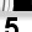
Digit: 5